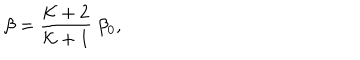
LaTeX: \beta = { \frac { { \cal K } + 2 } { { \cal K } + 1 } } ~ \beta _ { 0 } ,